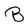
Character: B